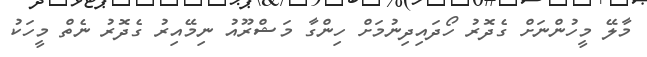
މާލޭ މީހުންނަށް ގެދޮރު ހޯދައިދިނުމަށް ހިންގާ މަޝްރޫއު ނިމޭއިރު ގެދޮރު ނެތް މީހަކު